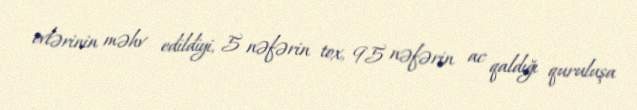
evlərinin məhv edildiyi, 5 nəfərin tox, 95 nəfərin ac qaldığı quruluşa